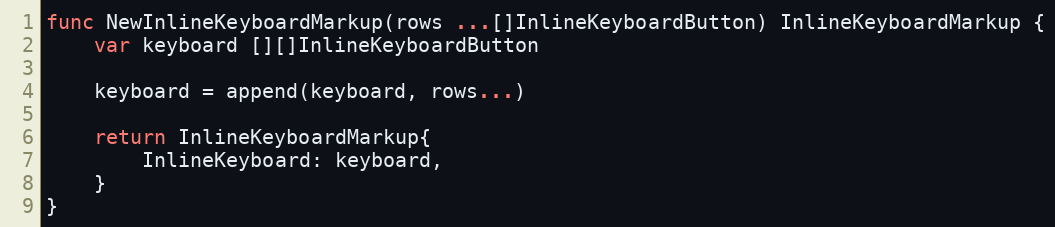
Language: Go
func NewInlineKeyboardMarkup(rows ...[]InlineKeyboardButton) InlineKeyboardMarkup {
	var keyboard [][]InlineKeyboardButton

	keyboard = append(keyboard, rows...)

	return InlineKeyboardMarkup{
		InlineKeyboard: keyboard,
	}
}